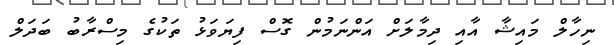
ނިހާލް މައިޝާ އާއި ދިމާލަށް އަންނަމުން ގޮސް ފިޔަވަޅު ތަކުގެ މިސްރާބު ބަދަލް